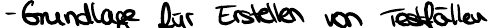
- Grundlage für Erstellen von Testfällen